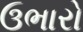
ઉભારો